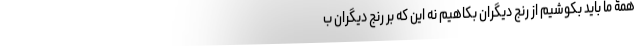
همۀ ما باید بکوشیم از رنج دیگران بکاهیم نه این که بر رنج دیگران ب